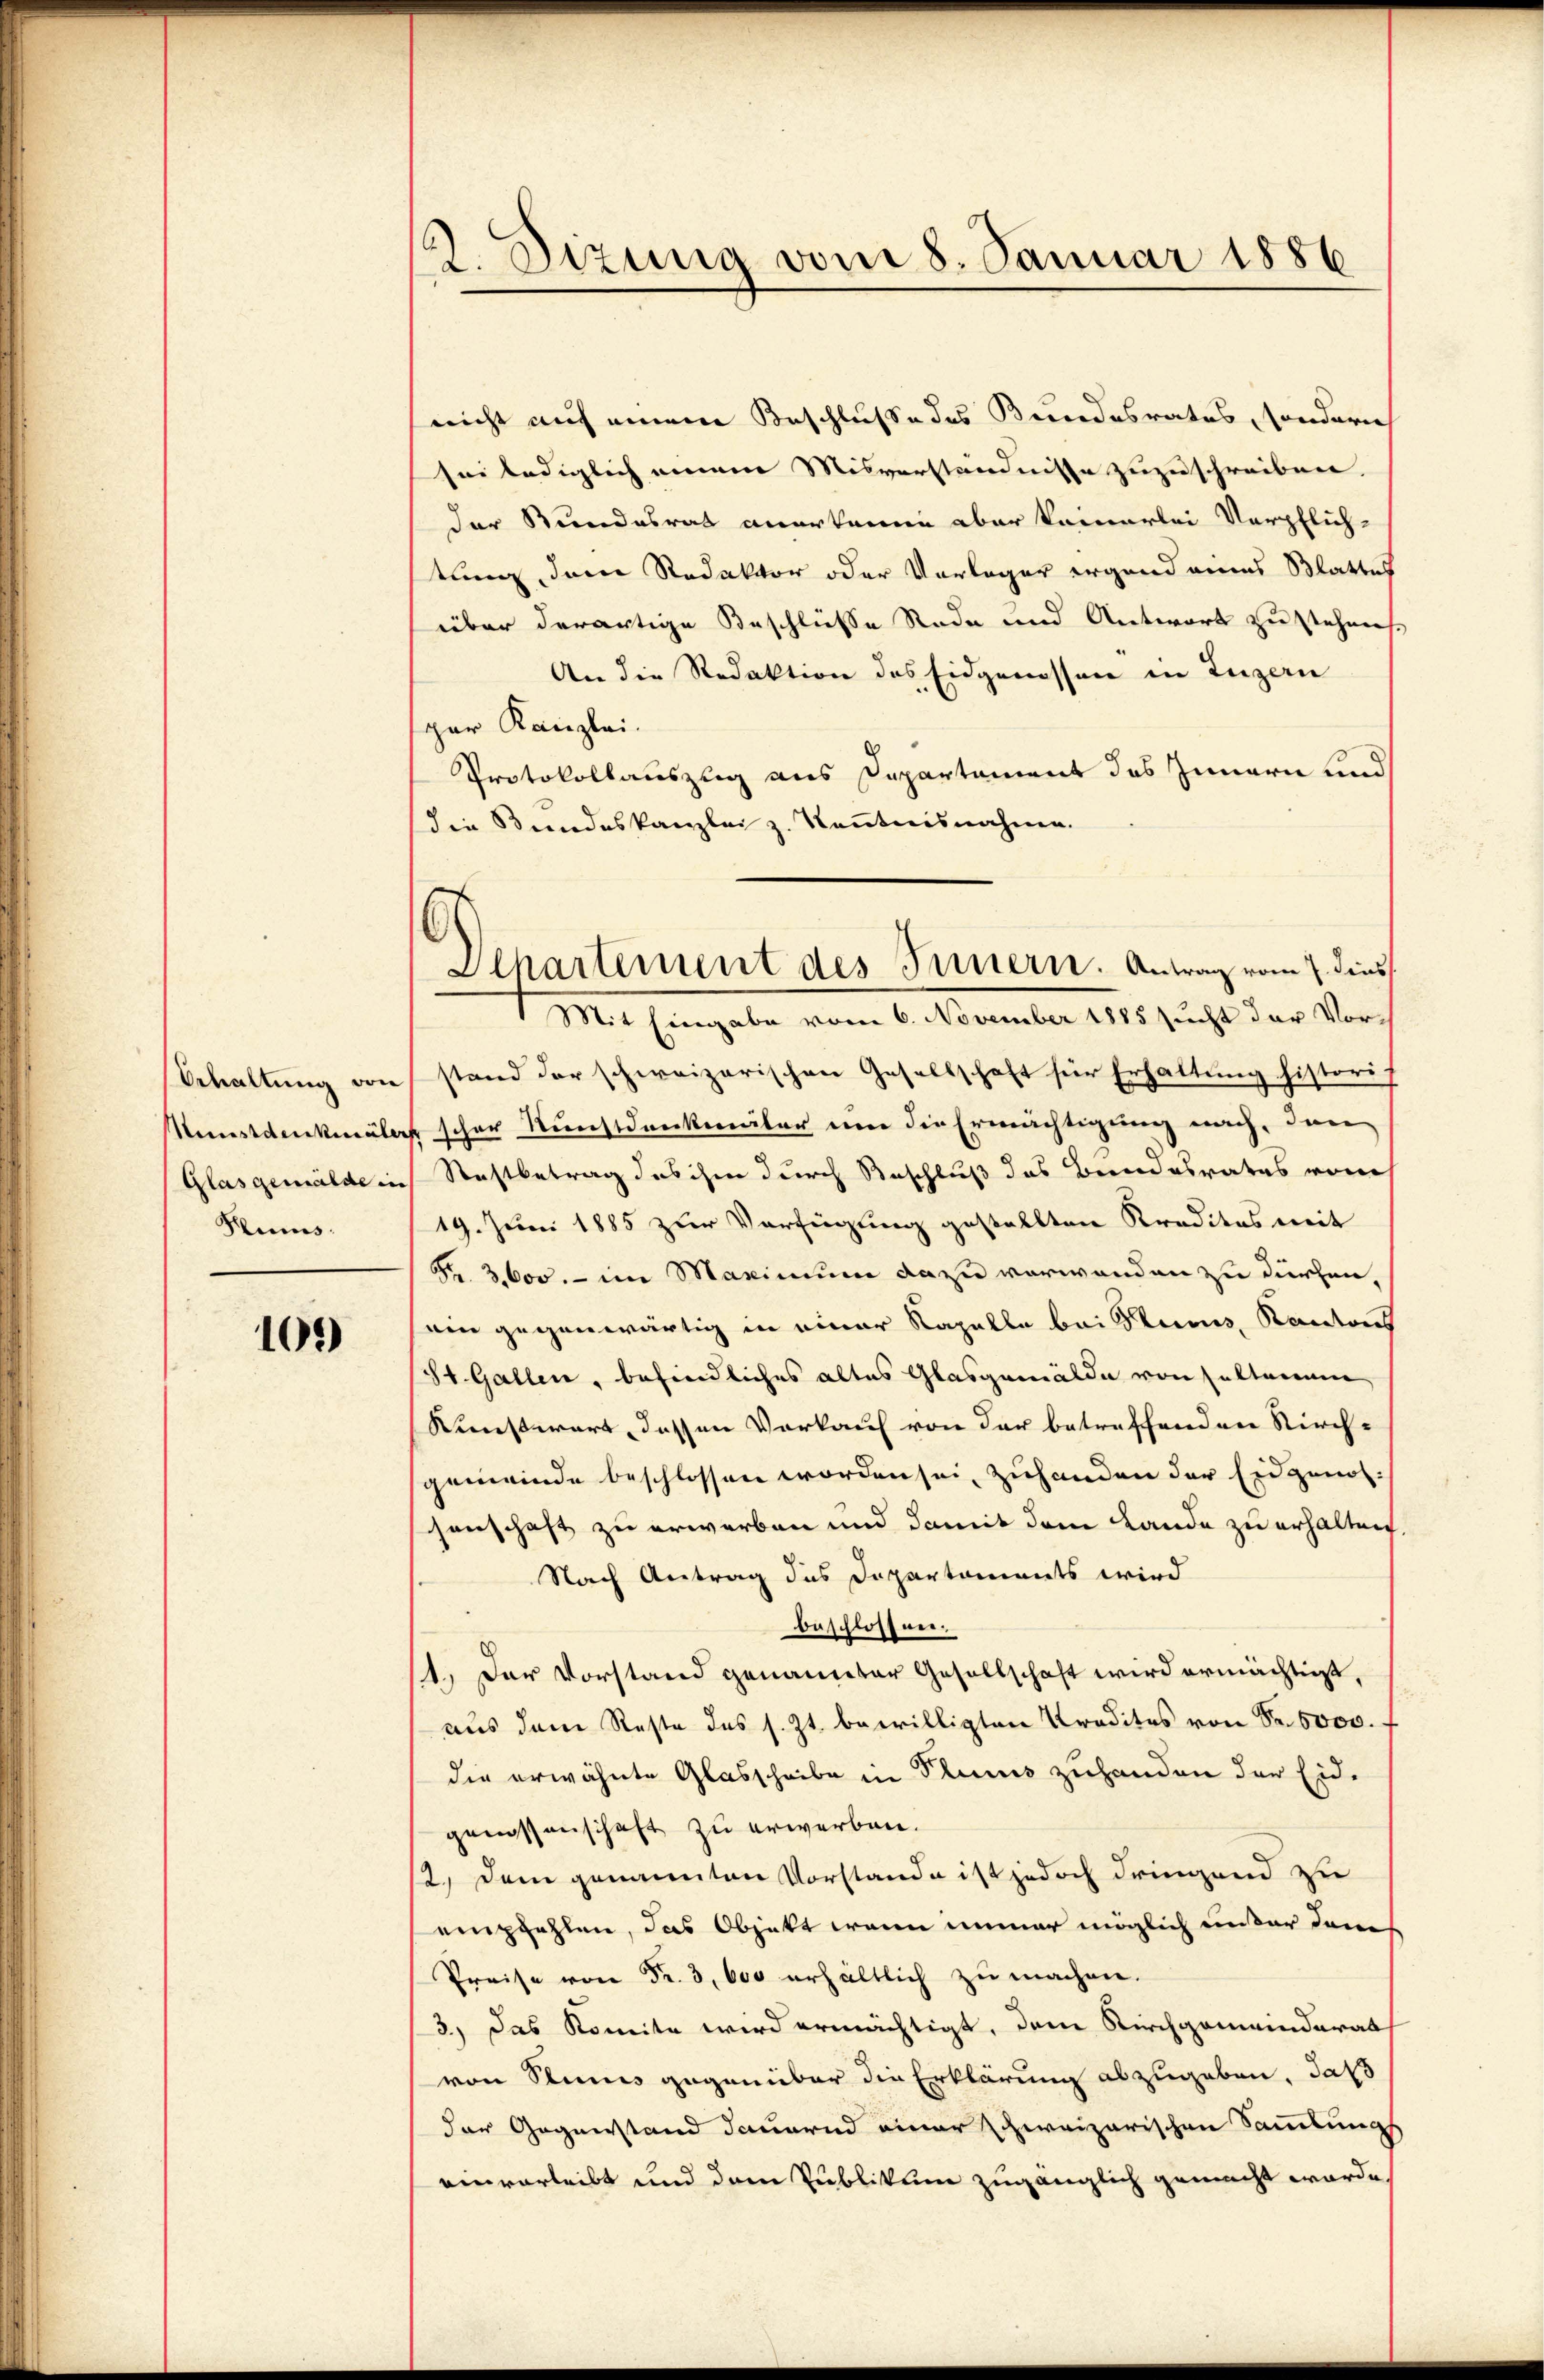
behaltung von
Münstdenkmäler
Glasgemälde in
Rums.

101)

2. Dizung vom 8. Januar 1886.

nicht auf einem Beschlusse des Bundesrates, sondern
sei lediglich einem Misverständnisse zuzuschreiben.
der Bundesrat anerkenne aber keinerlei Verpflich-
tung, den Redaktor oder Vorlager irgend eines Blattes
über derartige Beschlüsse Rede und Antwort zu stehens.
An die Redaktion des Eidgenossen in Luzern
spar Kanzlei.
Protokollauszlig aus Departament des Innern und
die Bundeskanzlei z. Kenntnisnahme.
stand der schweizerischen Gesellschaft für Erhaltung historis
'scher Kunstdenkmäler um die Ermächtigung nach, den
Stastbetrag des ihm durch Beschluß das Bundesrates vom
19. Juni 1885 zur Verfügung gestellten Kredites mit
Fr. 3000. - im Maximum dazu verwanden zu dürfen,
am gegenwärtig in einer Kapelle bei Stumm, Kantons
St. Gallen, befindliches altes Glasgemälde von seltenem
Kunstwert, dessen Vorkauf von der betreffenden Kirch-
gemeinde beschlossen worden sei, zuhanden der Eidgenossenschaft zu erwerben und damit dem Lande zu erhalten
Nach Antrag des Departements wird
beschlossen.
11. Der Vorstand genannter Gesellschaft wird ermächtigt,
aus dem Reste des s. Zt. bewilligten Kredites von Fr. 5000.
die erwähnte Glasscheibe in Plums zuhanden der Eid-
genossenschaft zu erwerben.
12.) Dem genannten Vorstande ist jedoch dringend zu
empfehlen, das Objekt wenn immer möglich unter dan
Preise von Fr. 3, 600 erhältlich zu machen.
3) Das Komite wird ermächtigt, dem Kirchgemeinderath
von Stimes gegenüber die Erklärung abzugeben, daß
der Gegnerstand dauernd einer schweizerischen Sammlung
einverleibt und dem Publikum zugänglich gemacht worde

Departement des Innern. Antrag vom 7. dies
1 Mit Eingabe vom 6. November 1885 sucht der Vor¬